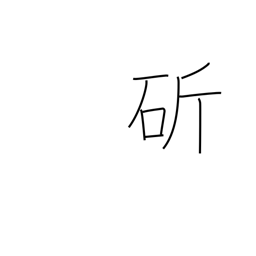
Meaning: cut with a sword